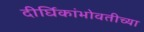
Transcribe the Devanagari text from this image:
दीर्घिकांभोवतीच्या